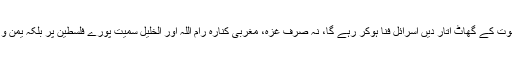
فی الحال وہ دنیا کی آدھی آبادی ختم کر ڈالیں یا دنیا کے مستضعفین کی اکثریت کو موت کے گھاٹ اتار دیں اسرائل فنا ہوکر رہے گا، نہ صرف غزہ، مغربی کنارہ رام اللہ اور الخلیل سمیت پورے فلسطین پر بلکہ یمن و سیریا و لبنان سمیت پورے عالم عرب پر مظلومین و اہل انصاف کی حکومت ہو گی۔